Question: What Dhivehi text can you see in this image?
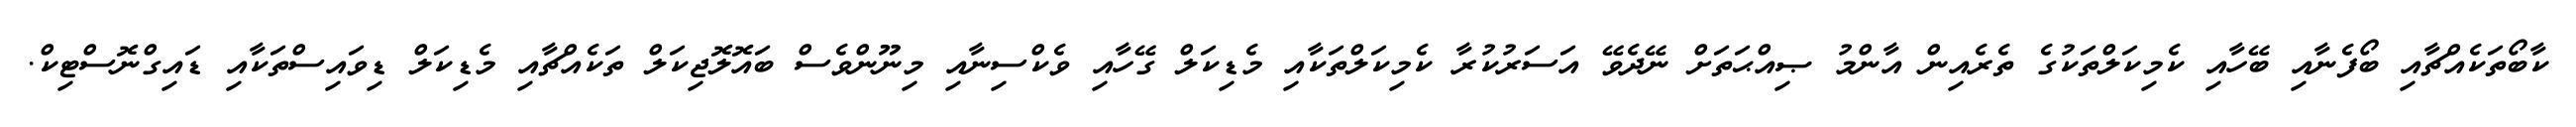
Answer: ކާބޯތަކެއްޗާއި ބޯފެނާއި ބޭހާއި ކެމިކަލްތަކުގެ ތެރެއިން އާންމު ޞިއްޙަތަށް ނޭދެވޭ އަސަރުކުރާ ކެމިކަލްތަކާއި މެޑިކަލް ގޭހާއި ވެކްސިނާއި މިނޫންވެސް ބައޮލޮޖިކަލް ތަކެއްޗާއި މެޑިކަލް ޑިވައިސްތަކާއި ޑައިގްނޮސްޓިކް.